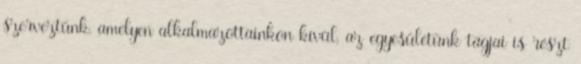
szerveztünk, amelyen alkalmazottainkon kívül, az egyesületünk tagjai is részt